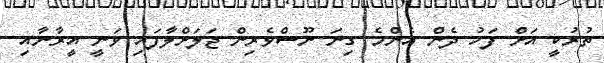
ތުރުކީ އަށް ފަހު ދެން އެންމެ ގިނަ ނޫސްވެރިން ޖަލަށްލާފައި ވަނީ އީރާނާއި